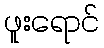
ဖူးရောင်